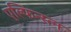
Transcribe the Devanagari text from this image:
एल्फिन्स्त्न